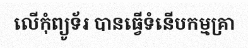
លើកុំព្យូទ័រ បានធ្វើទំនើបកម្មគ្រា